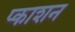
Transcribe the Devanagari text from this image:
प्काशन